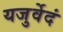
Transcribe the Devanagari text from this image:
यजुर्वेदं